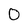
Character: 0